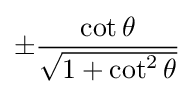
\pm {\frac {\cot \theta }{\sqrt {1+\cot ^{2}\theta }}}